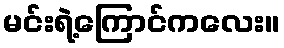
မင်းရဲ့ကြောင်ကလေး။